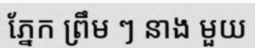
ភ្នែក ព្រឹម ៗ នាង មួយ